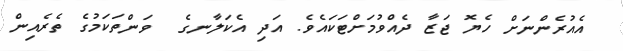
އެއުރެންނަށް ހެޔޮ ޖަޒާ ދެއްވުމަށްޓަކައެވެ. އަދި އެކަލާނގެ  ވަންތަކަމުގެ ތެރެއިން